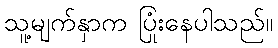
သူ့မျက်နှာက ပြုံးနေပါသည်။